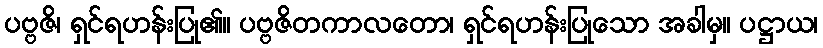
ပဗ္ဗဇိ၊ ရှင်ရဟန်းပြု၏။ ပဗ္ဗဇိတကာလတော၊ ရှင်ရဟန်းပြုသော အခါမှ။ ပဋ္ဌာယ၊